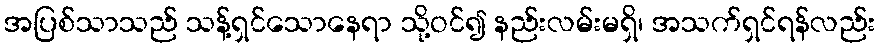
အပြစ်သာသည် သန့်ရှင်သောနေရာ သို့ဝင်၍ နည်းလမ်းမရှိ၊ အသက်ရှင်ရန်လည်း